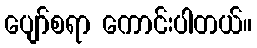
ပျော်စရာ ကောင်းပါတယ်။